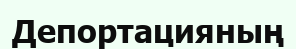
Депортацияның